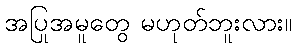
အပြုအမူတွေ မဟုတ်ဘူးလား။